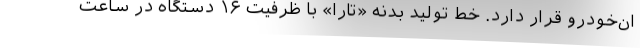
ان‌خودرو قرار دارد. خط تولید بدنه «تارا» با ظرفیت ۱۶ دستگاه در ساعت